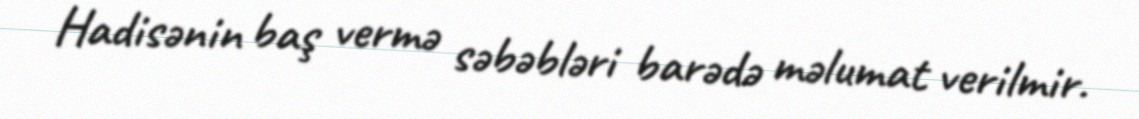
Hadisənin baş vermə səbəbləri barədə məlumat verilmir.